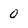
Character: 0